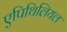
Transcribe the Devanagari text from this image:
एपिथिलियल